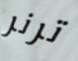
ترنر